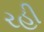
રહી